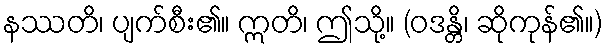
နဿတိ၊ ပျက်စီး၏။ ဣတိ၊ ဤသို့။ (ဝဒန္တိ၊ ဆိုကုန်၏။)